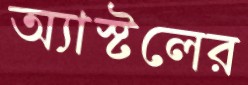
অ্যাস্টলের